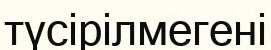
түсірілмегені